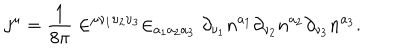
LaTeX: j ^ { \mu } = \frac 1 { 8 \pi } \in ^ { \mu \nu _ { 1 } \upsilon _ { 2 } \upsilon _ { 3 } } \in _ { a _ { 1 } a _ { 2 } a _ { 3 } } \partial _ { \nu _ { 1 } } n ^ { a _ { 1 } } \partial _ { \nu _ { 2 } } n ^ { a _ { 2 } } \partial _ { \nu _ { 3 } } n ^ { a _ { 3 } } .